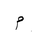
Letter: _mim